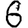
Digit: 6